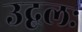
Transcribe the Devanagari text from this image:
उद्बलः